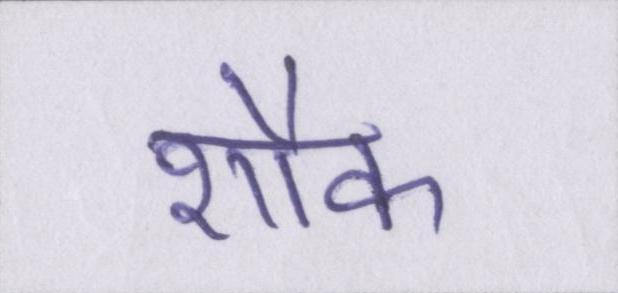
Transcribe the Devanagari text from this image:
शौक